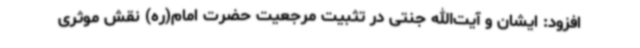
افزود: ایشان و آیت‌الله جنتی در تثبیت مرجعیت حضرت امام(ره) نقش موثری